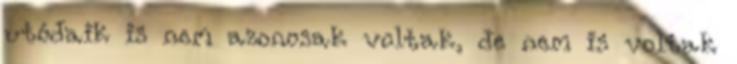
utódaik is nem azonosak voltak, de nem is voltak